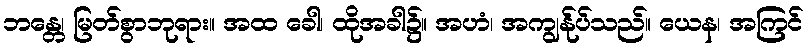
ဘန္တေ၊ မြတ်စွာဘုရား။ အထ ခေါ၊ ထိုအခါ၌။ အဟံ၊ အကျွန်ုပ်သည်။ ယေန၊ အကြင်